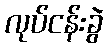
လုပ်ငန်းခွဲ